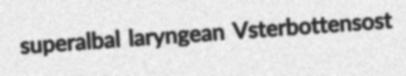
superalbal laryngean Vsterbottensost